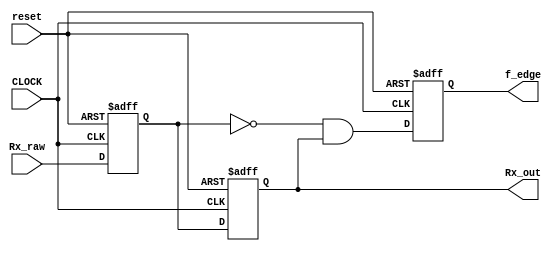
module Rx_register_top (
   input  wire CLOCK,
   input  wire Rx_raw,
   input  wire reset,
   output reg  f_edge,
   output reg  Rx_out
);   
   
   reg  Rx_intermediate;

   always @(posedge CLOCK or posedge reset)
     begin
        if(reset)
          begin
            Rx_intermediate <= 1'b0;
            Rx_out <= 1'b0;
            f_edge <= 1'b0;
         end
        else
          begin
             Rx_intermediate <= Rx_raw;
             Rx_out <= Rx_intermediate;
             f_edge <= (~Rx_intermediate) & Rx_out;
          end
     end

endmodule